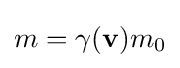
m=\gamma (\mathbf {v} )m_{0}